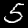
Digit: 5